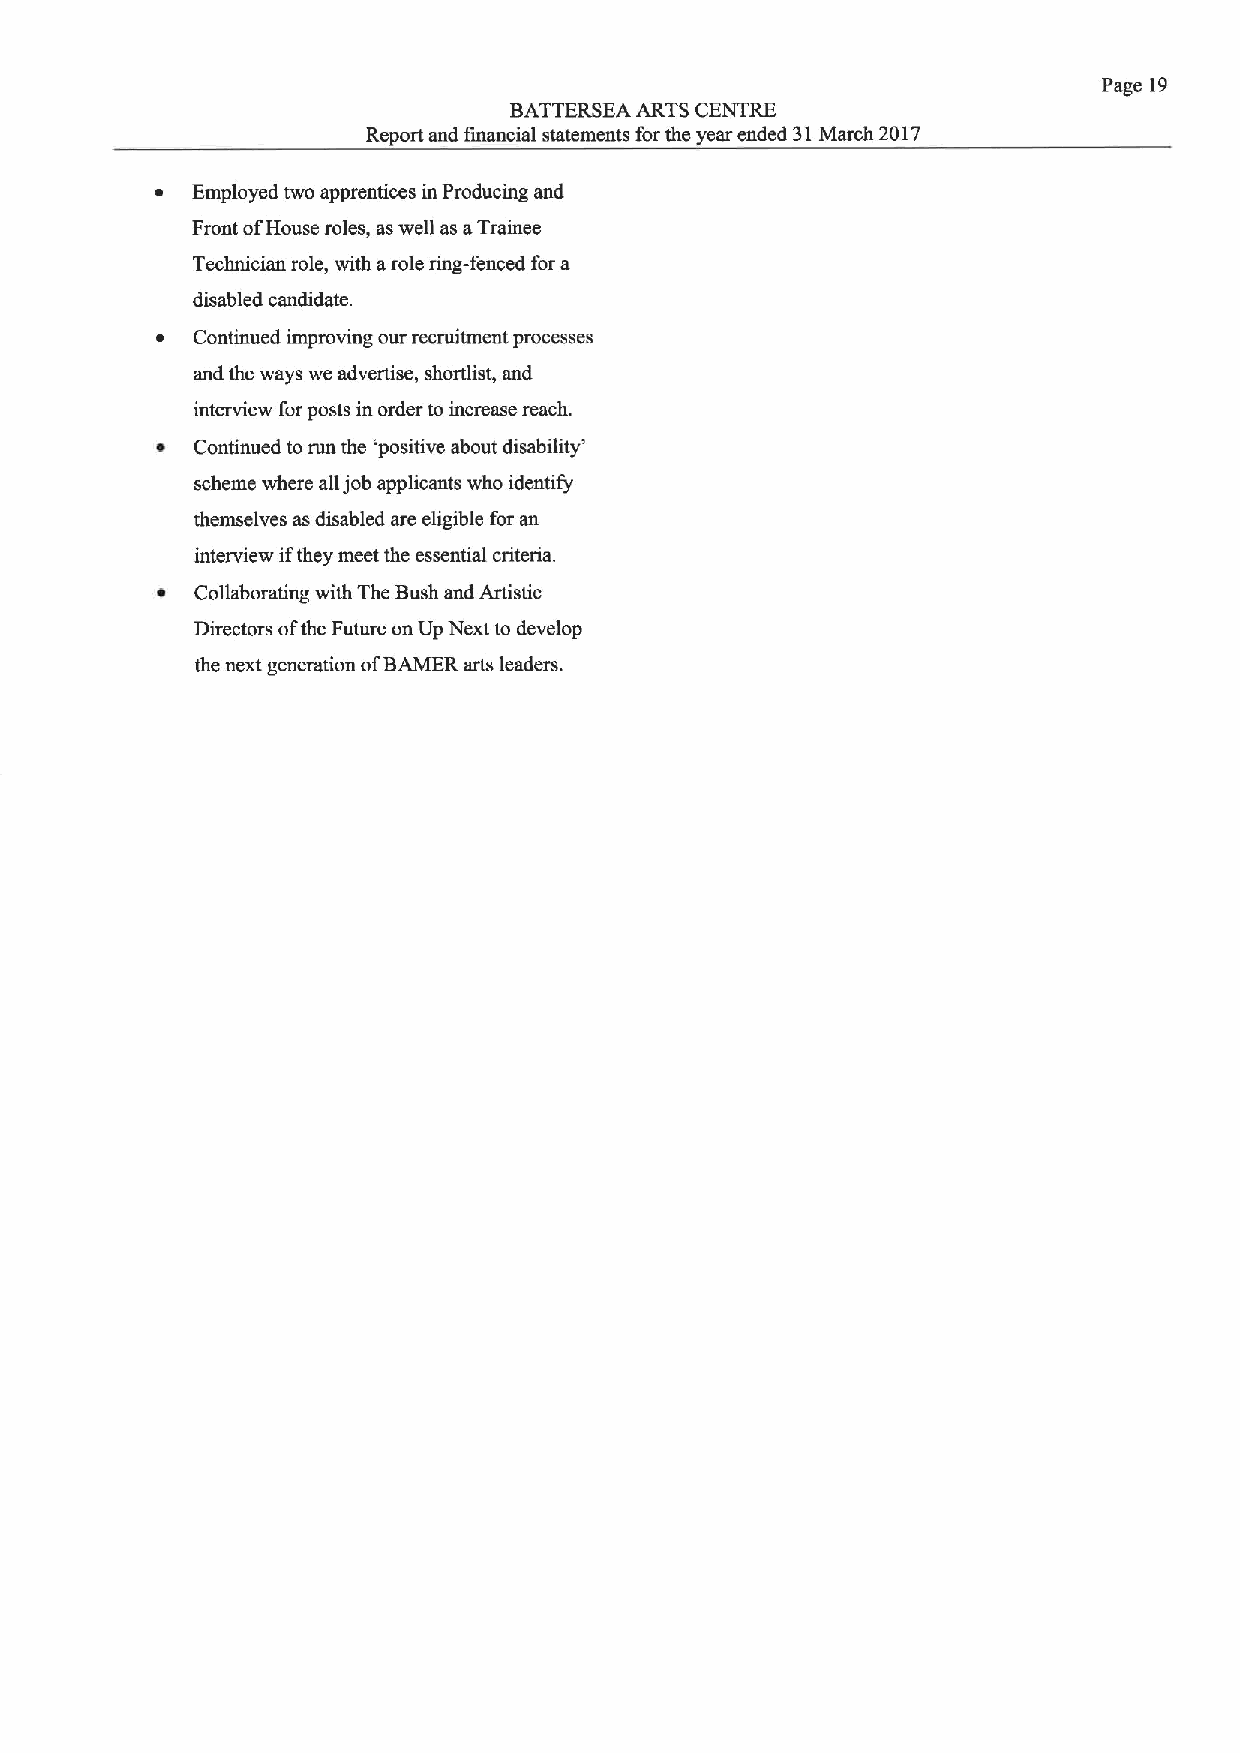
Page 19
 BATTERSEA ARTS CENTRE
 Report and financial statements for the year ended 31March 2017
 ~  Employed two apprentices in Producing and
 Front ofHouse roles, as well as aTrainee
 Technician role, with arole ring-fenced for a
 disabled candidate.
 ~  Continued improving our recruitment processes
 and the ways we advertise, shortlist, and
 interview for posts in order to increase reach.
 ~  Continued torun the 'positive about disability'
 scheme where alljob applicants who identify
 themselves as disabled are eligible for an
 interview ifthey meet the essential criteria.
 ~  Collaborating with The Bush and Artistic
 Directors ofthe Future on Up Next to develop
 the next generation ofBAMER arts leaders.